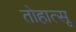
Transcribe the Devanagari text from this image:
तोहात्सू